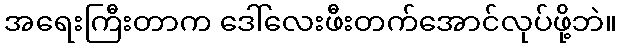
အရေးကြီးတာက ဒေါ်လေးဖီးတက်အောင်လုပ်ဖို့ဘဲ။